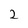
Character: 2